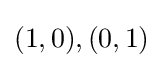
{\textstyle (1,0),(0,1)}